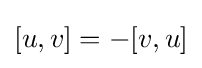
[u,v]=-[v,u]